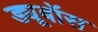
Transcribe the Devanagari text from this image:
ड्यूबॉस